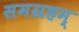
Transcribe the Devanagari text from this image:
समग्रहम्